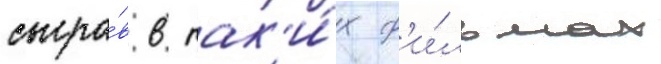
сыгра́в в так'и́х ф'и́льмах